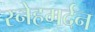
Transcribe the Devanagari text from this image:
स्नेहमर्दन